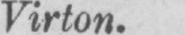
Virton.